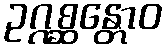
ဥဂ္ဂစ္ဆန္တောဝ